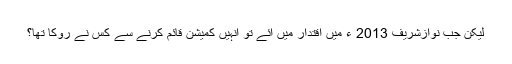
لیکن جب نوازشریف 2013 ء میں اقتدار میں آئے تو اُنہیں کمیشن قائم کرنے سے کس نے روکا تھا؟